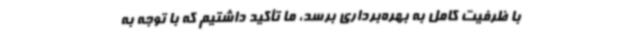
با ظرفیت کامل به بهره‌برداری برسد، ما تأکید داشتیم که با توجه به